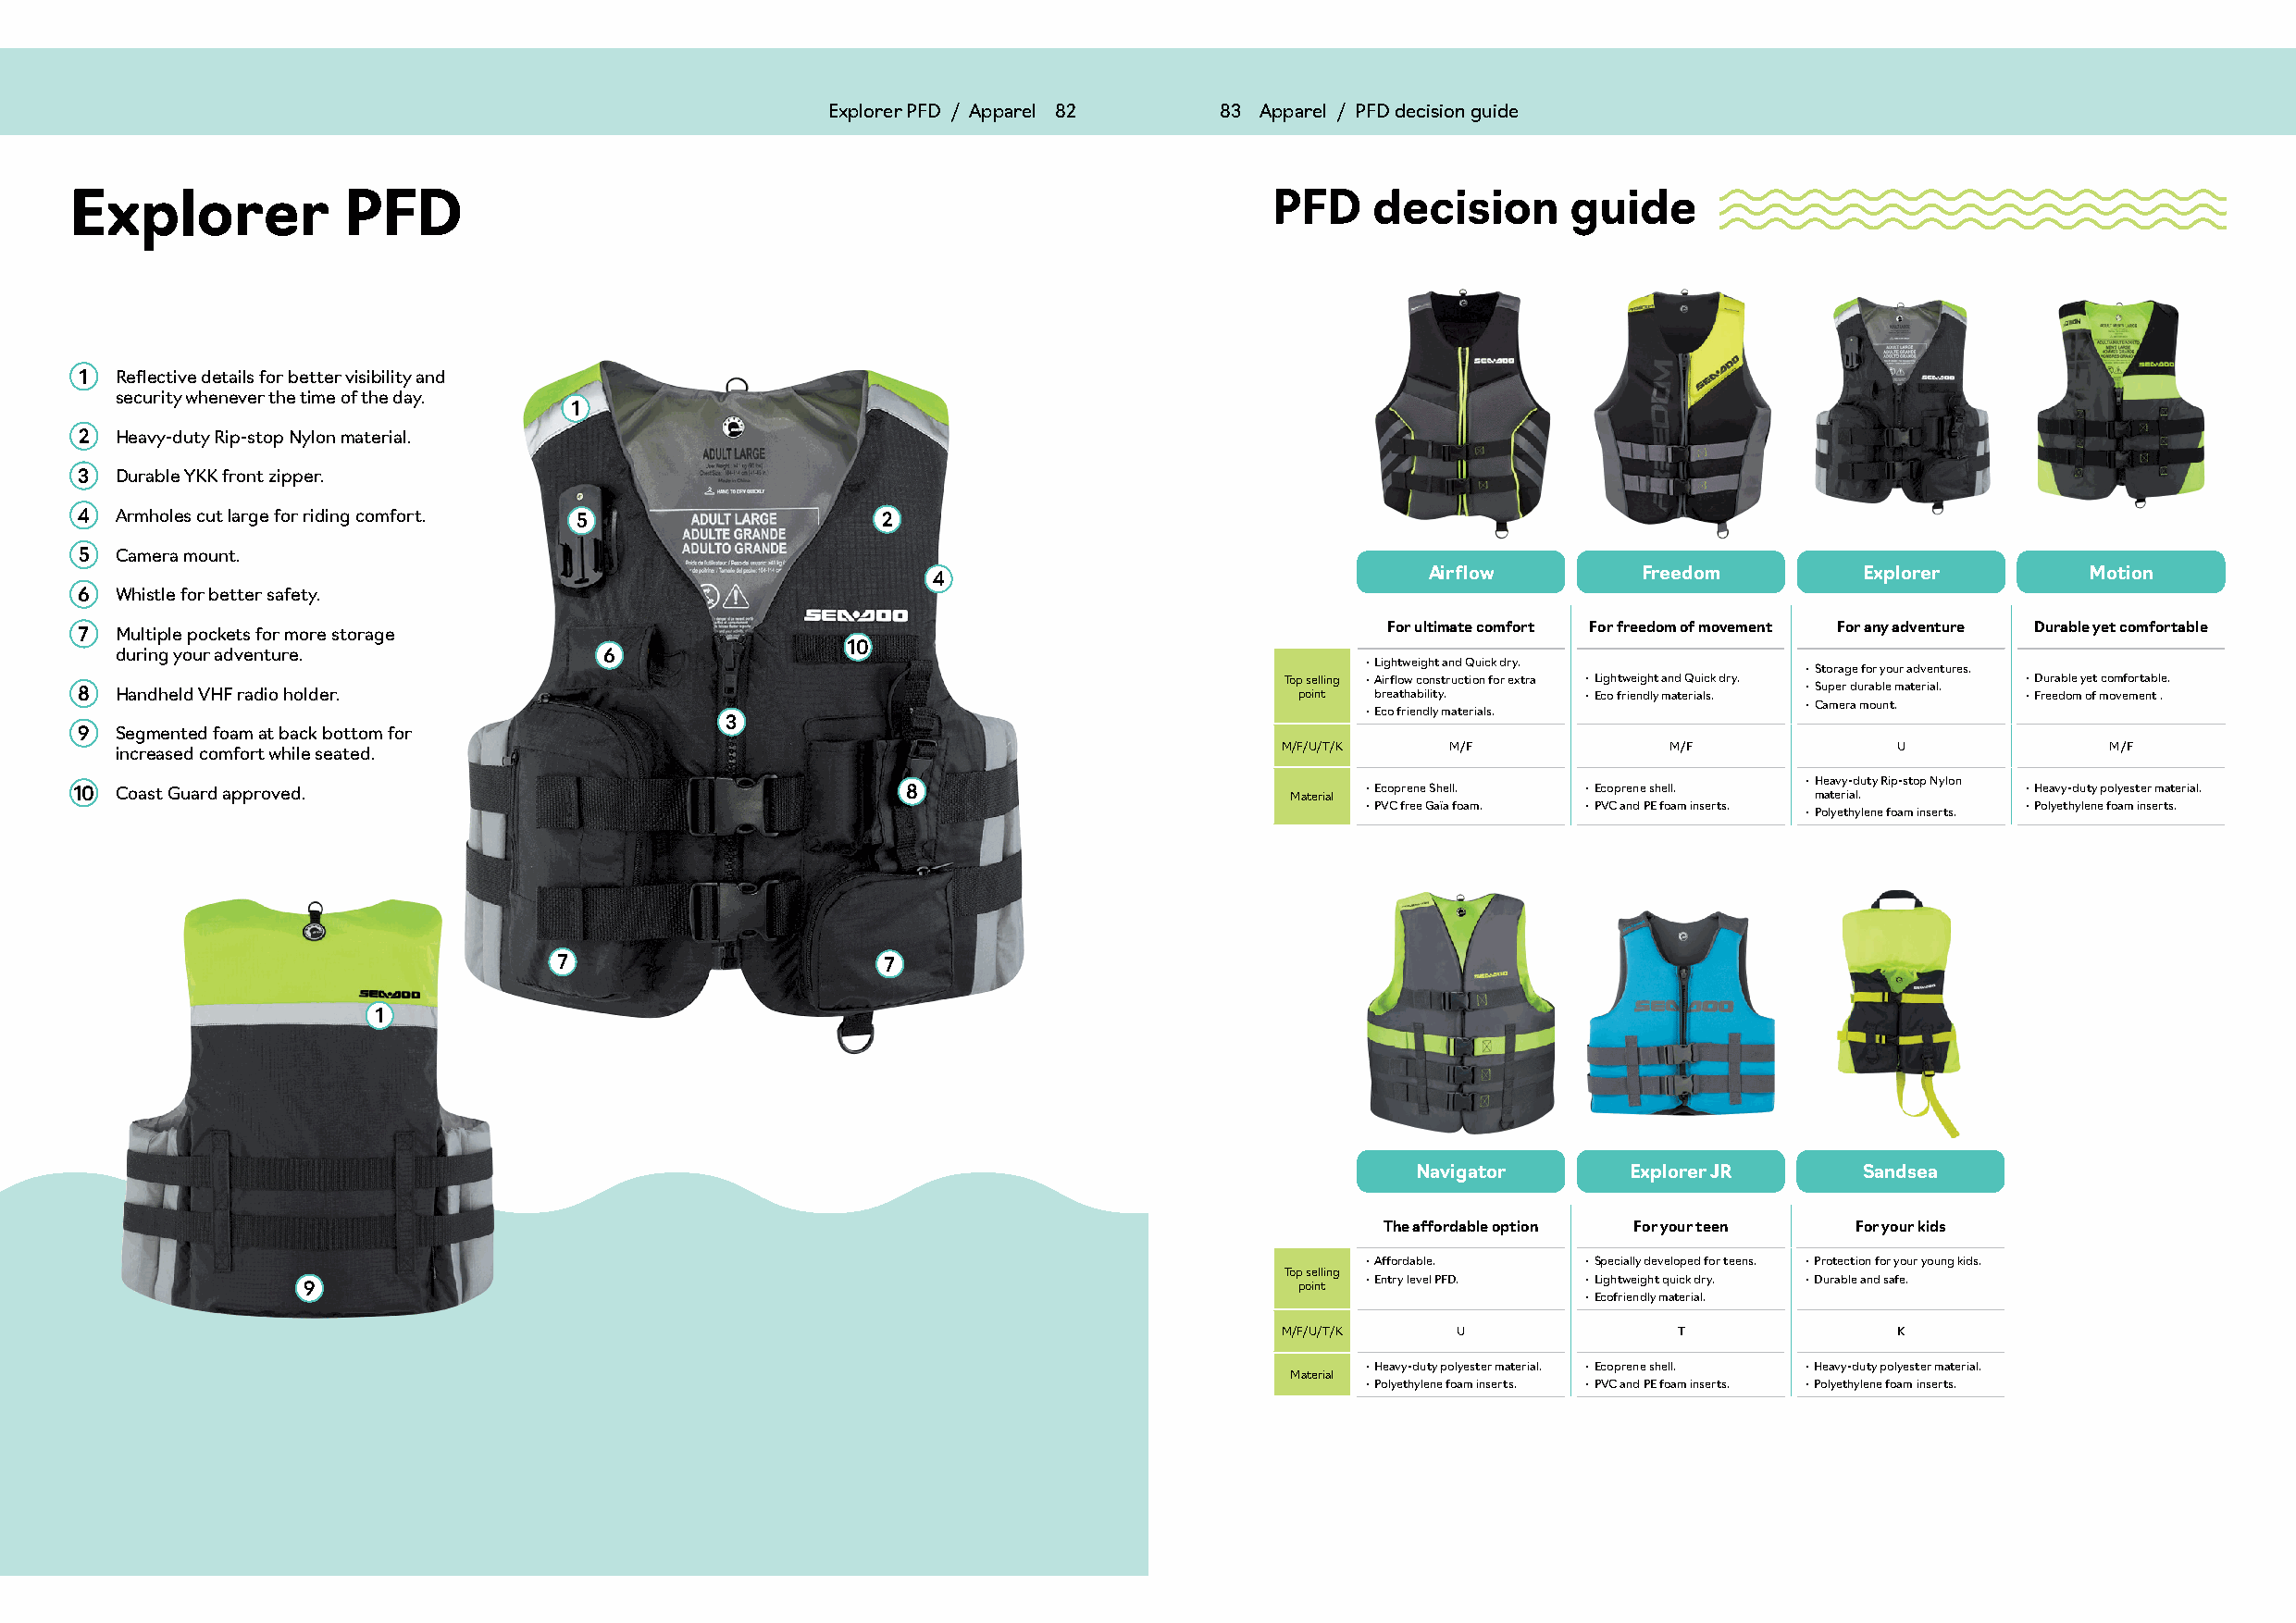
Explorer PFD / Apparel 82   83 Apparel / PFD decision guide                          Category / Apparel 83
 Explorer            PFD                                                               PFD    decision      guide
 1 Reflective details for better visibility and
 security whenever the time of the day.
 1
 2 Heavy-duty Rip-stop Nylon material.
 3 Durable YKK front zipper.
 4 Armholes cut large for riding comfort. 5               2
 5 Camera mount.
 Airflow        Freedom         Explorer        Motion
 4
 6 Whistle for better safety.
 7 Multiple pockets for more storage                                                          For ultimate comfort For freedom of movement For any adventure Durable yet comfortable
 10
 during your adventure.             6
 • Lightweight and Quick dry.
 • Storage for your adventures.
 Top selling • Airflow construction for extra • Lightweight and Quick dry. • Durable yet comfortable.
 8 Handheld VHF radio holder.                                                           point breathability. • Eco friendly materials. • Super durable material. • Freedom of movement .
 • Camera mount.
 • Eco friendly materials.
 3
 9 Segmented foam at back bottom for
 increased comfort while seated.                                                     M/F/U/T/K   M/F            M/F              U              M/F
 10 Coast Guard approved.                                    8                          Material • Ecoprene Shell. • Ecoprene shell.
 • H me aa tev ry i- ad l.uty Rip-stop Nylon
 • Heavy-duty polyester material.
 • PVC free Gaïa foam. • PVC and PE foam inserts. • Polyethylene foam inserts.
 • Polyethylene foam inserts.
 7                      7
 1
 Navigator       Explorer JR     Sandsea
 The affordable option For your teen For your kids
 • Affordable.  • Specially developed for teens. • Protection for your young kids.
 Top selling
 • Entry level PFD. • Lightweight quick dry. • Durable and safe.
 9                                                                      point
 • Ecofriendly material.
 M/F/U/T/K   U               T               K
 • Heavy-duty polyester material. • Ecoprene shell. • Heavy-duty polyester material.
 Material
 • Polyethylene foam inserts. • PVC and PE foam inserts. • Polyethylene foam inserts.